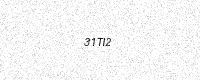
Text: 31TI2